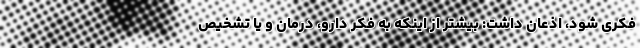
فکری شود، اذعان داشت: بیشتر از اینکه به فکر دارو، درمان و یا تشخیص